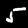
Label: 5